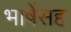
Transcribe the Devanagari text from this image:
भाषेंसह